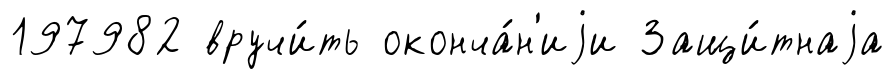
197982 вручи́ть оконча́н'иjи Защи́тнаjа